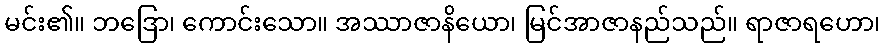
မင်း၏။ ဘဒြော၊ ကောင်းသော။ အဿာဇာနိယော၊ မြင်အာဇာနည်သည်။ ရာဇာရဟော၊